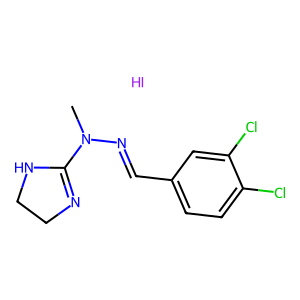
SMILES: CN(N=Cc1ccc(Cl)c(Cl)c1)C1=NCCN1.I
Inhibits HIV replication: No